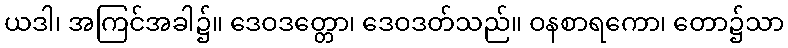
ယဒါ၊ အကြင်အခါ၌။ ဒေဝဒတ္တော၊ ဒေဝဒတ်သည်။ ဝနစာရကော၊ တော၌သာ